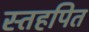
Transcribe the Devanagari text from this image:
स्तहपित